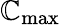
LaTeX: \mathbb{C}_{\mathrm{{max}}}